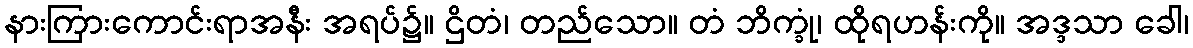
နားကြားကောင်းရာအနီး အရပ်၌။ ဌိတံ၊ တည်သော။ တံ ဘိက္ခုံ၊ ထိုရဟန်းကို။ အဒ္ဒသာ ခေါ၊